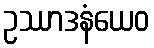
ဥဿာဒနံယေဝ